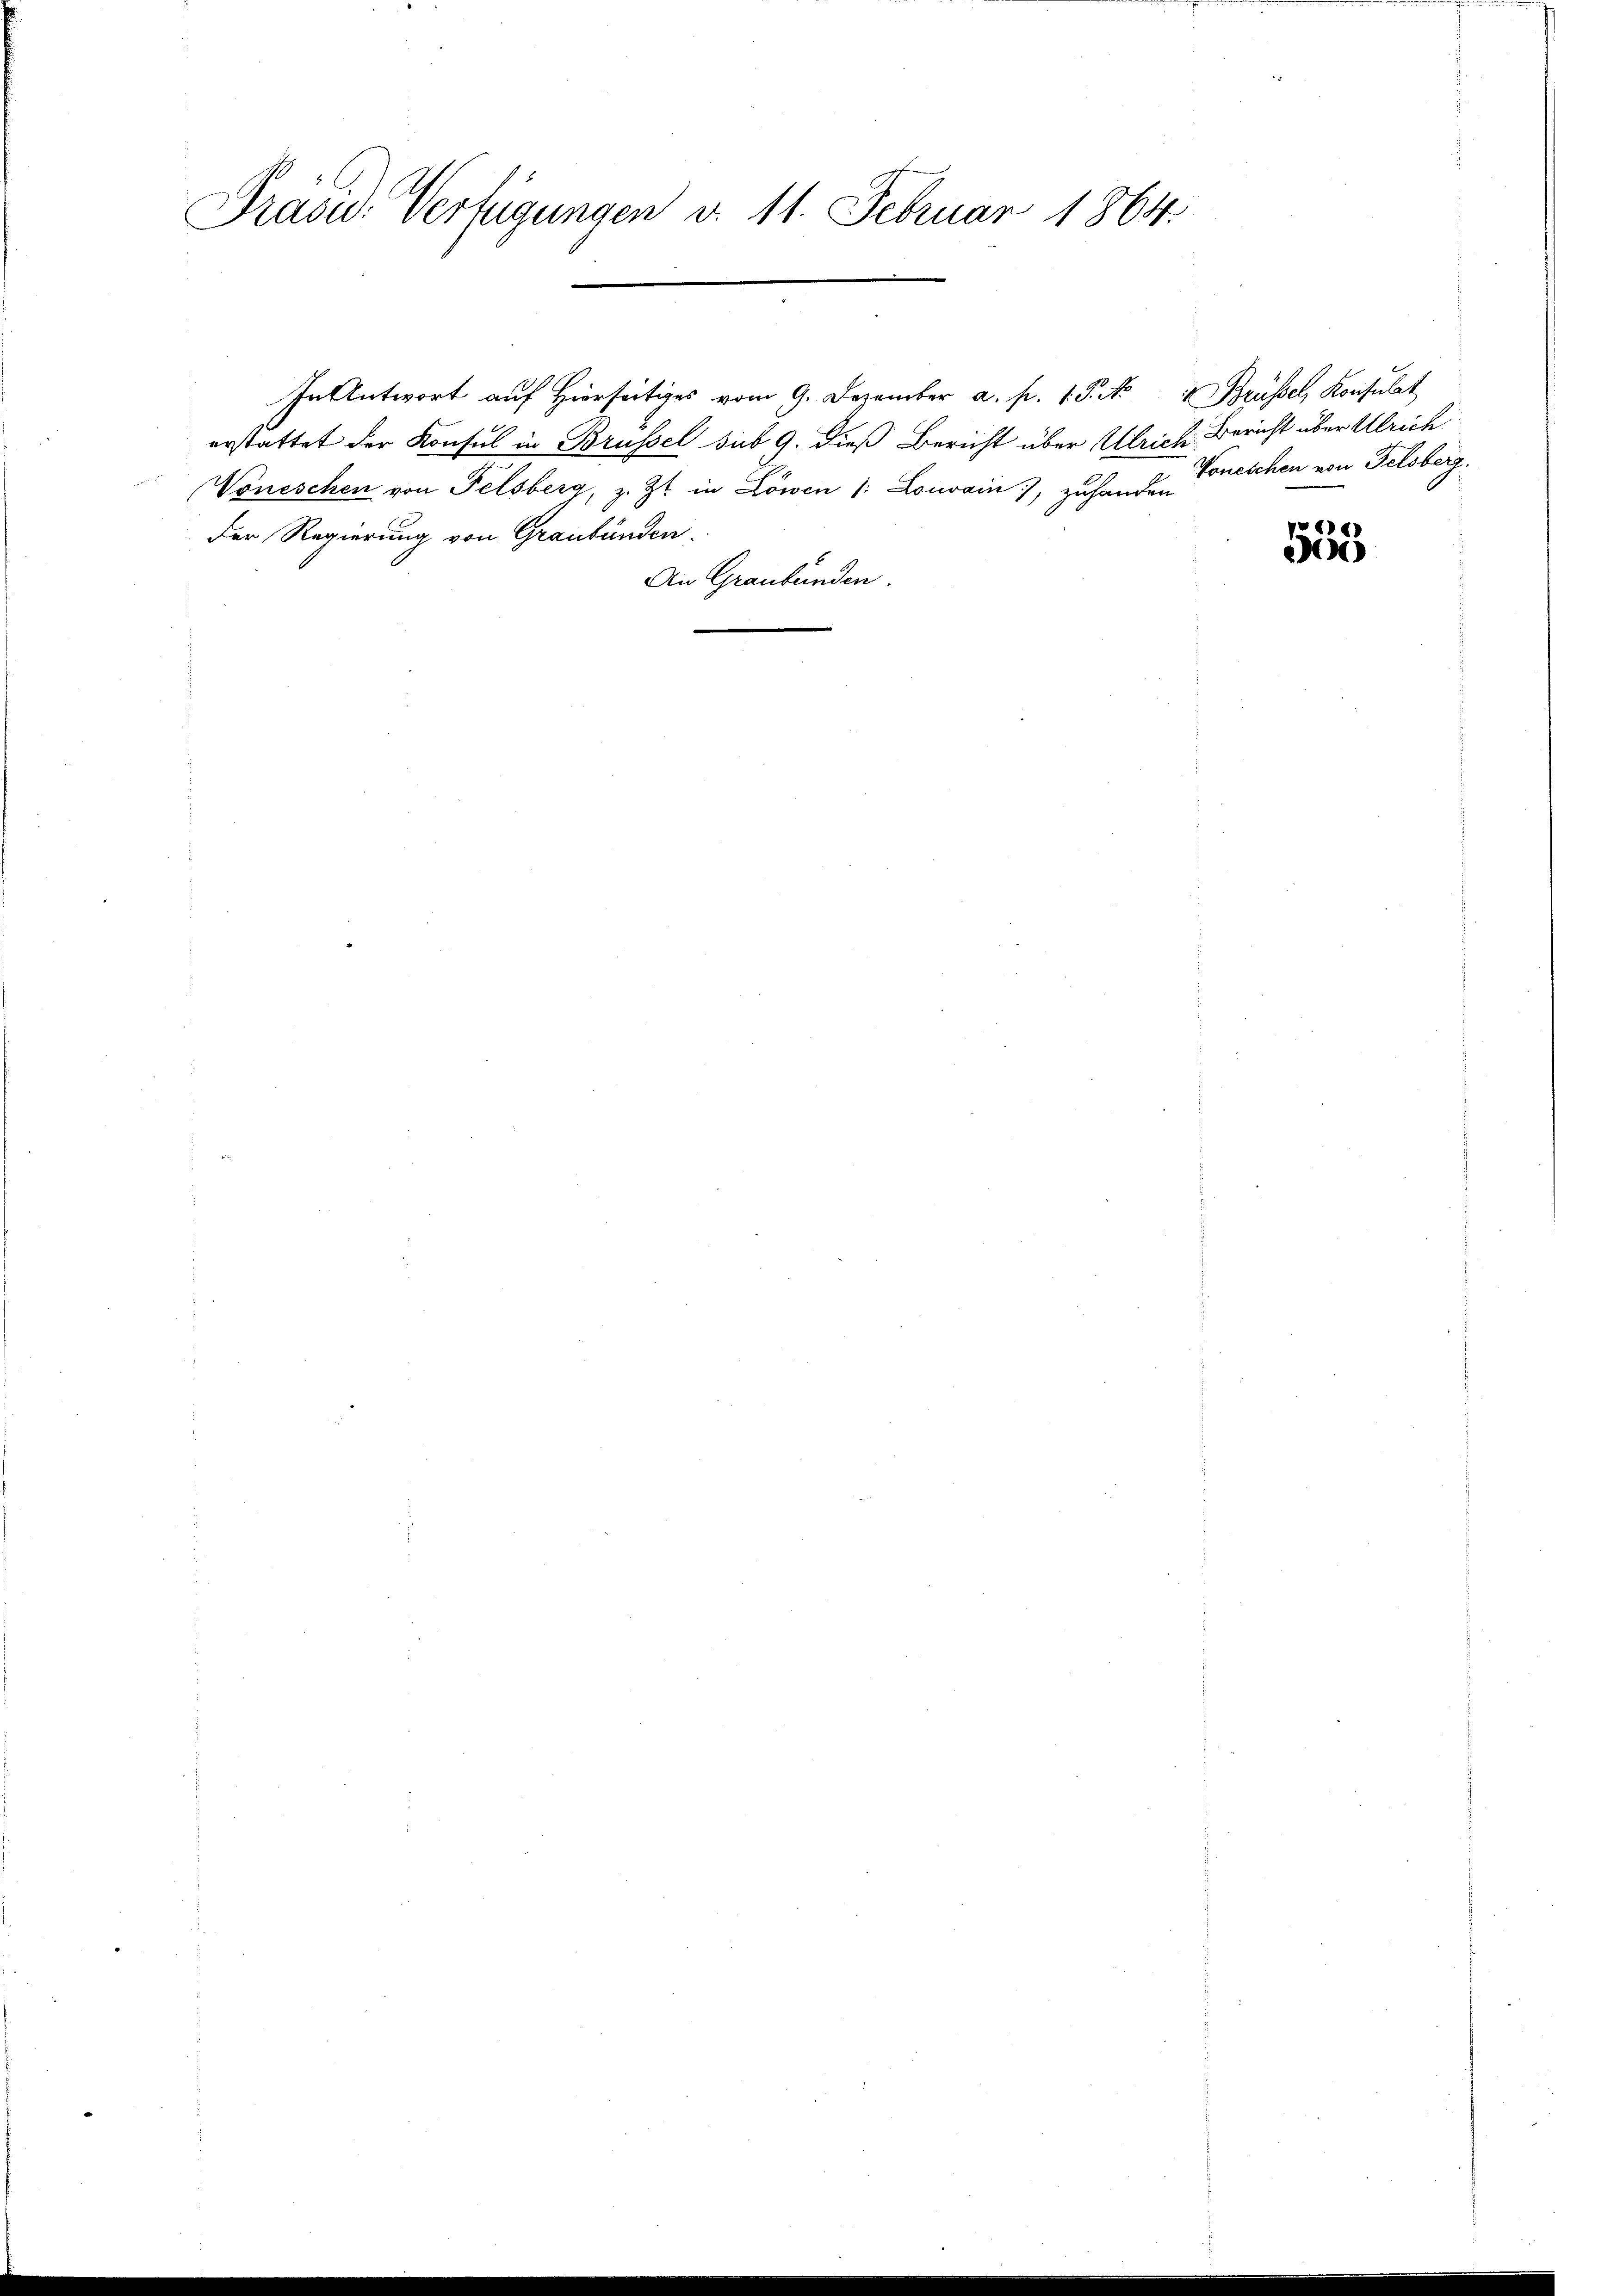
Präsid. Verfügungen d. 11. Februar 1864.

In Antwort auf Hierseitiges vom 9. Dezember a. p. 1. J. No 4 Brüssel, Konsulat
erstattet der Konsul in Brüssel sub 9. dieß Bericht über Ulrich Bericht über Ulrich
Voneschen von Felsberg, z. Zt. in Löwen /: Lonvain), zu handen Toneschen von Felsberg.
Der Regierung von Graubünden.
An Graubünden.

pe
e